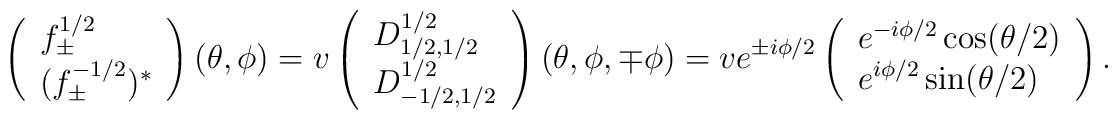
\left( 		\begin{array}{l} 		f^{1/2}_\pm \\ (f^{-1/2}_\pm)^* 		\end{array}	\right)	(\theta,\phi) 	=	v	\left( 		\begin{array}{l}		D^{1/2}_{1/2,1/2}  \\		D^{1/2}_{-1/2,1/2} 		\end{array}	\right)	(\theta,\phi,\mp \phi) 	=	v e^{\pm i \phi/2}	\left( 		\begin{array}{l}		e^{- i \phi/2} \cos (\theta/2) \\		e^{  i \phi/2} \sin (\theta/2) 		\end{array}	\right).